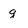
Character: g